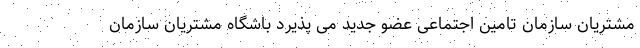
مشتریان سازمان تامین اجتماعی عضو جدید می پذیرد باشگاه مشتریان سازمان